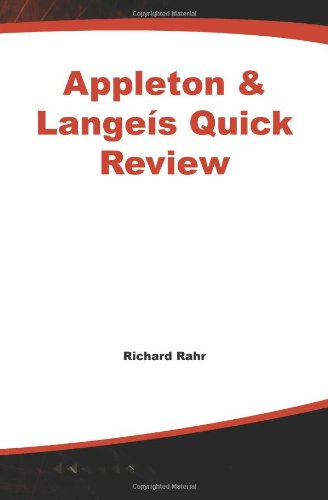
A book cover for Appleton & Lange's Quick Review : Physician Assistant; Richard R. Rahr; Medical Books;